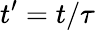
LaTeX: t^{\prime}=t/\tau